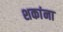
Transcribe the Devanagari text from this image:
शकांना